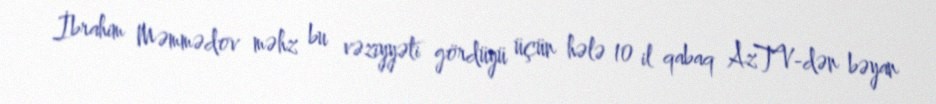
İbrahim Məmmədov məhz bu vəziyyəti gördüyü üçün hələ 10 il qabaq AzTV-dən bəyan